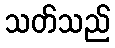
သတ်သည်